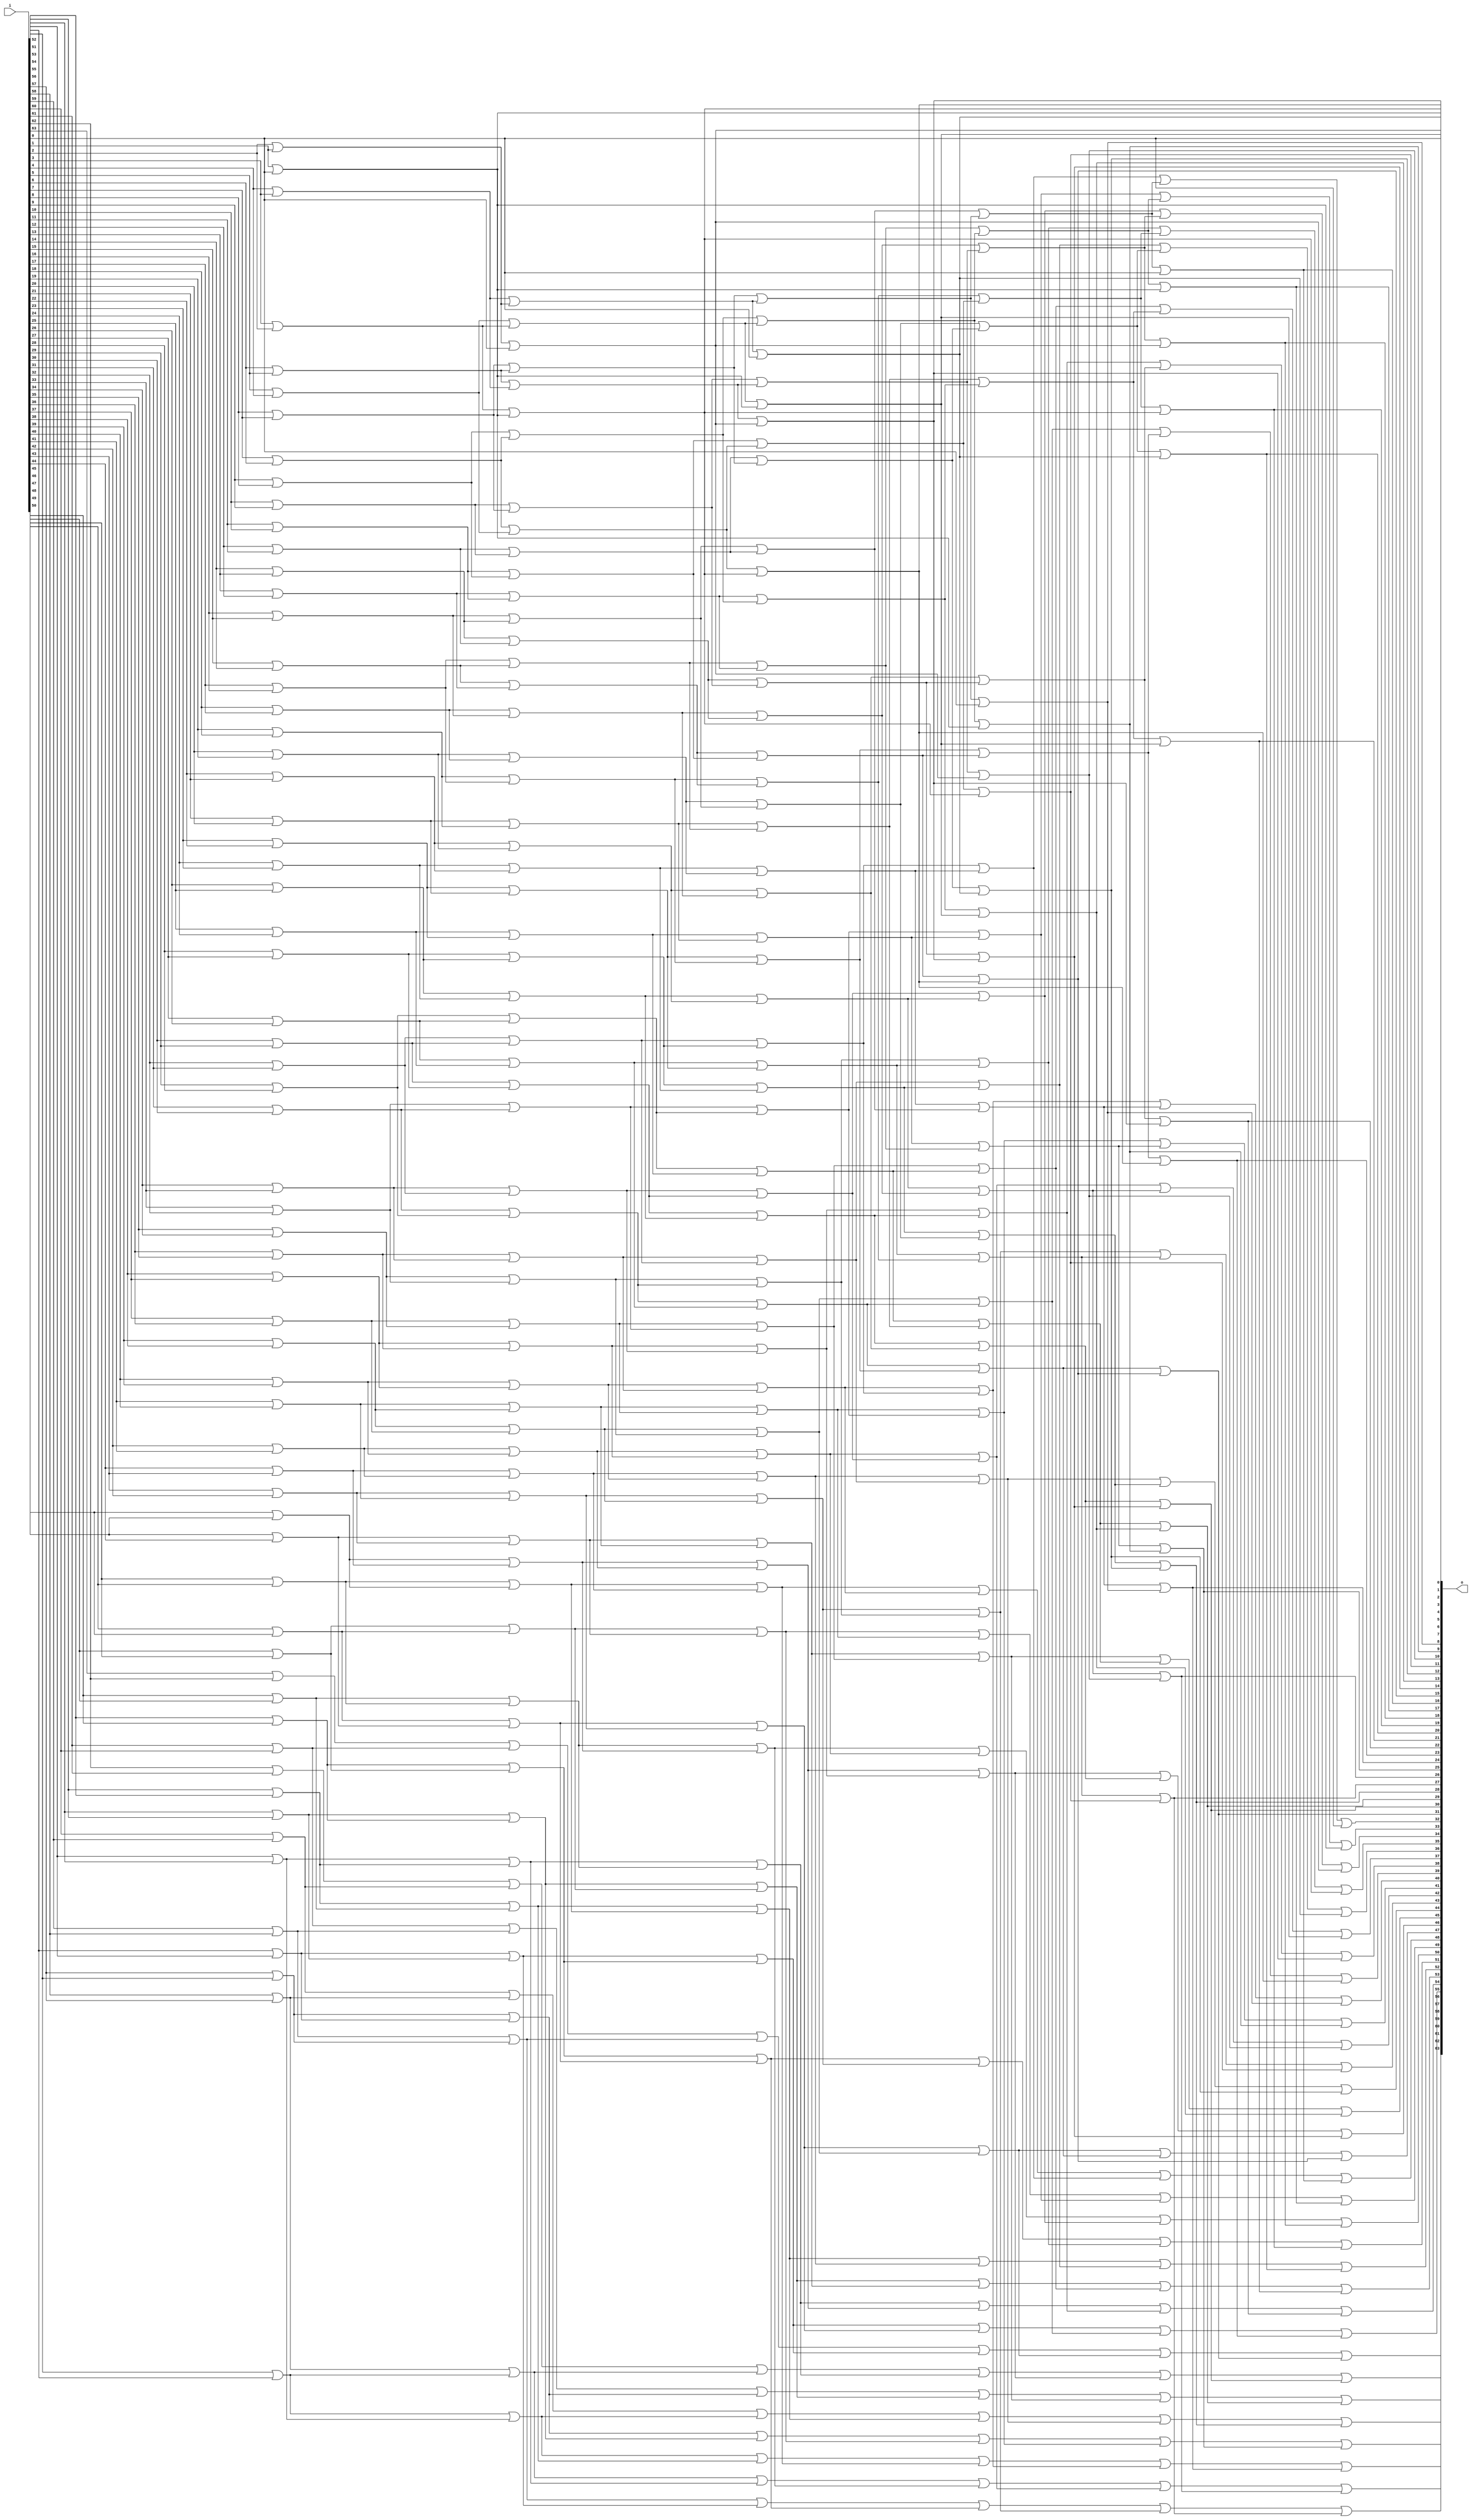


module bsg_scan_width_p64_or_p1_lo_to_hi_p1
(
  i,
  o
);

  input [63:0] i;
  output [63:0] o;
  wire [63:0] o;
  wire t_5__63_,t_5__62_,t_5__61_,t_5__60_,t_5__59_,t_5__58_,t_5__57_,t_5__56_,
  t_5__55_,t_5__54_,t_5__53_,t_5__52_,t_5__51_,t_5__50_,t_5__49_,t_5__48_,t_5__47_,
  t_5__46_,t_5__45_,t_5__44_,t_5__43_,t_5__42_,t_5__41_,t_5__40_,t_5__39_,t_5__38_,
  t_5__37_,t_5__36_,t_5__35_,t_5__34_,t_5__33_,t_5__32_,t_5__31_,t_5__30_,t_5__29_,
  t_5__28_,t_5__27_,t_5__26_,t_5__25_,t_5__24_,t_5__23_,t_5__22_,t_5__21_,t_5__20_,
  t_5__19_,t_5__18_,t_5__17_,t_5__16_,t_5__15_,t_5__14_,t_5__13_,t_5__12_,t_5__11_,
  t_5__10_,t_5__9_,t_5__8_,t_5__7_,t_5__6_,t_5__5_,t_5__4_,t_5__3_,t_5__2_,t_5__1_,
  t_5__0_,t_4__63_,t_4__62_,t_4__61_,t_4__60_,t_4__59_,t_4__58_,t_4__57_,t_4__56_,
  t_4__55_,t_4__54_,t_4__53_,t_4__52_,t_4__51_,t_4__50_,t_4__49_,t_4__48_,t_4__47_,
  t_4__46_,t_4__45_,t_4__44_,t_4__43_,t_4__42_,t_4__41_,t_4__40_,t_4__39_,t_4__38_,
  t_4__37_,t_4__36_,t_4__35_,t_4__34_,t_4__33_,t_4__32_,t_4__31_,t_4__30_,
  t_4__29_,t_4__28_,t_4__27_,t_4__26_,t_4__25_,t_4__24_,t_4__23_,t_4__22_,t_4__21_,
  t_4__20_,t_4__19_,t_4__18_,t_4__17_,t_4__16_,t_4__15_,t_4__14_,t_4__13_,t_4__12_,
  t_4__11_,t_4__10_,t_4__9_,t_4__8_,t_4__7_,t_4__6_,t_4__5_,t_4__4_,t_4__3_,t_4__2_,
  t_4__1_,t_4__0_,t_3__63_,t_3__62_,t_3__61_,t_3__60_,t_3__59_,t_3__58_,t_3__57_,
  t_3__56_,t_3__55_,t_3__54_,t_3__53_,t_3__52_,t_3__51_,t_3__50_,t_3__49_,t_3__48_,
  t_3__47_,t_3__46_,t_3__45_,t_3__44_,t_3__43_,t_3__42_,t_3__41_,t_3__40_,t_3__39_,
  t_3__38_,t_3__37_,t_3__36_,t_3__35_,t_3__34_,t_3__33_,t_3__32_,t_3__31_,t_3__30_,
  t_3__29_,t_3__28_,t_3__27_,t_3__26_,t_3__25_,t_3__24_,t_3__23_,t_3__22_,t_3__21_,
  t_3__20_,t_3__19_,t_3__18_,t_3__17_,t_3__16_,t_3__15_,t_3__14_,t_3__13_,t_3__12_,
  t_3__11_,t_3__10_,t_3__9_,t_3__8_,t_3__7_,t_3__6_,t_3__5_,t_3__4_,t_3__3_,
  t_3__2_,t_3__1_,t_3__0_,t_2__63_,t_2__62_,t_2__61_,t_2__60_,t_2__59_,t_2__58_,
  t_2__57_,t_2__56_,t_2__55_,t_2__54_,t_2__53_,t_2__52_,t_2__51_,t_2__50_,t_2__49_,
  t_2__48_,t_2__47_,t_2__46_,t_2__45_,t_2__44_,t_2__43_,t_2__42_,t_2__41_,t_2__40_,
  t_2__39_,t_2__38_,t_2__37_,t_2__36_,t_2__35_,t_2__34_,t_2__33_,t_2__32_,t_2__31_,
  t_2__30_,t_2__29_,t_2__28_,t_2__27_,t_2__26_,t_2__25_,t_2__24_,t_2__23_,t_2__22_,
  t_2__21_,t_2__20_,t_2__19_,t_2__18_,t_2__17_,t_2__16_,t_2__15_,t_2__14_,t_2__13_,
  t_2__12_,t_2__11_,t_2__10_,t_2__9_,t_2__8_,t_2__7_,t_2__6_,t_2__5_,t_2__4_,t_2__3_,
  t_2__2_,t_2__1_,t_2__0_,t_1__63_,t_1__62_,t_1__61_,t_1__60_,t_1__59_,t_1__58_,
  t_1__57_,t_1__56_,t_1__55_,t_1__54_,t_1__53_,t_1__52_,t_1__51_,t_1__50_,t_1__49_,
  t_1__48_,t_1__47_,t_1__46_,t_1__45_,t_1__44_,t_1__43_,t_1__42_,t_1__41_,t_1__40_,
  t_1__39_,t_1__38_,t_1__37_,t_1__36_,t_1__35_,t_1__34_,t_1__33_,t_1__32_,
  t_1__31_,t_1__30_,t_1__29_,t_1__28_,t_1__27_,t_1__26_,t_1__25_,t_1__24_,t_1__23_,
  t_1__22_,t_1__21_,t_1__20_,t_1__19_,t_1__18_,t_1__17_,t_1__16_,t_1__15_,t_1__14_,
  t_1__13_,t_1__12_,t_1__11_,t_1__10_,t_1__9_,t_1__8_,t_1__7_,t_1__6_,t_1__5_,t_1__4_,
  t_1__3_,t_1__2_,t_1__1_,t_1__0_;
  assign t_1__63_ = i[0] | 1'b0;
  assign t_1__62_ = i[1] | i[0];
  assign t_1__61_ = i[2] | i[1];
  assign t_1__60_ = i[3] | i[2];
  assign t_1__59_ = i[4] | i[3];
  assign t_1__58_ = i[5] | i[4];
  assign t_1__57_ = i[6] | i[5];
  assign t_1__56_ = i[7] | i[6];
  assign t_1__55_ = i[8] | i[7];
  assign t_1__54_ = i[9] | i[8];
  assign t_1__53_ = i[10] | i[9];
  assign t_1__52_ = i[11] | i[10];
  assign t_1__51_ = i[12] | i[11];
  assign t_1__50_ = i[13] | i[12];
  assign t_1__49_ = i[14] | i[13];
  assign t_1__48_ = i[15] | i[14];
  assign t_1__47_ = i[16] | i[15];
  assign t_1__46_ = i[17] | i[16];
  assign t_1__45_ = i[18] | i[17];
  assign t_1__44_ = i[19] | i[18];
  assign t_1__43_ = i[20] | i[19];
  assign t_1__42_ = i[21] | i[20];
  assign t_1__41_ = i[22] | i[21];
  assign t_1__40_ = i[23] | i[22];
  assign t_1__39_ = i[24] | i[23];
  assign t_1__38_ = i[25] | i[24];
  assign t_1__37_ = i[26] | i[25];
  assign t_1__36_ = i[27] | i[26];
  assign t_1__35_ = i[28] | i[27];
  assign t_1__34_ = i[29] | i[28];
  assign t_1__33_ = i[30] | i[29];
  assign t_1__32_ = i[31] | i[30];
  assign t_1__31_ = i[32] | i[31];
  assign t_1__30_ = i[33] | i[32];
  assign t_1__29_ = i[34] | i[33];
  assign t_1__28_ = i[35] | i[34];
  assign t_1__27_ = i[36] | i[35];
  assign t_1__26_ = i[37] | i[36];
  assign t_1__25_ = i[38] | i[37];
  assign t_1__24_ = i[39] | i[38];
  assign t_1__23_ = i[40] | i[39];
  assign t_1__22_ = i[41] | i[40];
  assign t_1__21_ = i[42] | i[41];
  assign t_1__20_ = i[43] | i[42];
  assign t_1__19_ = i[44] | i[43];
  assign t_1__18_ = i[45] | i[44];
  assign t_1__17_ = i[46] | i[45];
  assign t_1__16_ = i[47] | i[46];
  assign t_1__15_ = i[48] | i[47];
  assign t_1__14_ = i[49] | i[48];
  assign t_1__13_ = i[50] | i[49];
  assign t_1__12_ = i[51] | i[50];
  assign t_1__11_ = i[52] | i[51];
  assign t_1__10_ = i[53] | i[52];
  assign t_1__9_ = i[54] | i[53];
  assign t_1__8_ = i[55] | i[54];
  assign t_1__7_ = i[56] | i[55];
  assign t_1__6_ = i[57] | i[56];
  assign t_1__5_ = i[58] | i[57];
  assign t_1__4_ = i[59] | i[58];
  assign t_1__3_ = i[60] | i[59];
  assign t_1__2_ = i[61] | i[60];
  assign t_1__1_ = i[62] | i[61];
  assign t_1__0_ = i[63] | i[62];
  assign t_2__63_ = t_1__63_ | 1'b0;
  assign t_2__62_ = t_1__62_ | 1'b0;
  assign t_2__61_ = t_1__61_ | t_1__63_;
  assign t_2__60_ = t_1__60_ | t_1__62_;
  assign t_2__59_ = t_1__59_ | t_1__61_;
  assign t_2__58_ = t_1__58_ | t_1__60_;
  assign t_2__57_ = t_1__57_ | t_1__59_;
  assign t_2__56_ = t_1__56_ | t_1__58_;
  assign t_2__55_ = t_1__55_ | t_1__57_;
  assign t_2__54_ = t_1__54_ | t_1__56_;
  assign t_2__53_ = t_1__53_ | t_1__55_;
  assign t_2__52_ = t_1__52_ | t_1__54_;
  assign t_2__51_ = t_1__51_ | t_1__53_;
  assign t_2__50_ = t_1__50_ | t_1__52_;
  assign t_2__49_ = t_1__49_ | t_1__51_;
  assign t_2__48_ = t_1__48_ | t_1__50_;
  assign t_2__47_ = t_1__47_ | t_1__49_;
  assign t_2__46_ = t_1__46_ | t_1__48_;
  assign t_2__45_ = t_1__45_ | t_1__47_;
  assign t_2__44_ = t_1__44_ | t_1__46_;
  assign t_2__43_ = t_1__43_ | t_1__45_;
  assign t_2__42_ = t_1__42_ | t_1__44_;
  assign t_2__41_ = t_1__41_ | t_1__43_;
  assign t_2__40_ = t_1__40_ | t_1__42_;
  assign t_2__39_ = t_1__39_ | t_1__41_;
  assign t_2__38_ = t_1__38_ | t_1__40_;
  assign t_2__37_ = t_1__37_ | t_1__39_;
  assign t_2__36_ = t_1__36_ | t_1__38_;
  assign t_2__35_ = t_1__35_ | t_1__37_;
  assign t_2__34_ = t_1__34_ | t_1__36_;
  assign t_2__33_ = t_1__33_ | t_1__35_;
  assign t_2__32_ = t_1__32_ | t_1__34_;
  assign t_2__31_ = t_1__31_ | t_1__33_;
  assign t_2__30_ = t_1__30_ | t_1__32_;
  assign t_2__29_ = t_1__29_ | t_1__31_;
  assign t_2__28_ = t_1__28_ | t_1__30_;
  assign t_2__27_ = t_1__27_ | t_1__29_;
  assign t_2__26_ = t_1__26_ | t_1__28_;
  assign t_2__25_ = t_1__25_ | t_1__27_;
  assign t_2__24_ = t_1__24_ | t_1__26_;
  assign t_2__23_ = t_1__23_ | t_1__25_;
  assign t_2__22_ = t_1__22_ | t_1__24_;
  assign t_2__21_ = t_1__21_ | t_1__23_;
  assign t_2__20_ = t_1__20_ | t_1__22_;
  assign t_2__19_ = t_1__19_ | t_1__21_;
  assign t_2__18_ = t_1__18_ | t_1__20_;
  assign t_2__17_ = t_1__17_ | t_1__19_;
  assign t_2__16_ = t_1__16_ | t_1__18_;
  assign t_2__15_ = t_1__15_ | t_1__17_;
  assign t_2__14_ = t_1__14_ | t_1__16_;
  assign t_2__13_ = t_1__13_ | t_1__15_;
  assign t_2__12_ = t_1__12_ | t_1__14_;
  assign t_2__11_ = t_1__11_ | t_1__13_;
  assign t_2__10_ = t_1__10_ | t_1__12_;
  assign t_2__9_ = t_1__9_ | t_1__11_;
  assign t_2__8_ = t_1__8_ | t_1__10_;
  assign t_2__7_ = t_1__7_ | t_1__9_;
  assign t_2__6_ = t_1__6_ | t_1__8_;
  assign t_2__5_ = t_1__5_ | t_1__7_;
  assign t_2__4_ = t_1__4_ | t_1__6_;
  assign t_2__3_ = t_1__3_ | t_1__5_;
  assign t_2__2_ = t_1__2_ | t_1__4_;
  assign t_2__1_ = t_1__1_ | t_1__3_;
  assign t_2__0_ = t_1__0_ | t_1__2_;
  assign t_3__63_ = t_2__63_ | 1'b0;
  assign t_3__62_ = t_2__62_ | 1'b0;
  assign t_3__61_ = t_2__61_ | 1'b0;
  assign t_3__60_ = t_2__60_ | 1'b0;
  assign t_3__59_ = t_2__59_ | t_2__63_;
  assign t_3__58_ = t_2__58_ | t_2__62_;
  assign t_3__57_ = t_2__57_ | t_2__61_;
  assign t_3__56_ = t_2__56_ | t_2__60_;
  assign t_3__55_ = t_2__55_ | t_2__59_;
  assign t_3__54_ = t_2__54_ | t_2__58_;
  assign t_3__53_ = t_2__53_ | t_2__57_;
  assign t_3__52_ = t_2__52_ | t_2__56_;
  assign t_3__51_ = t_2__51_ | t_2__55_;
  assign t_3__50_ = t_2__50_ | t_2__54_;
  assign t_3__49_ = t_2__49_ | t_2__53_;
  assign t_3__48_ = t_2__48_ | t_2__52_;
  assign t_3__47_ = t_2__47_ | t_2__51_;
  assign t_3__46_ = t_2__46_ | t_2__50_;
  assign t_3__45_ = t_2__45_ | t_2__49_;
  assign t_3__44_ = t_2__44_ | t_2__48_;
  assign t_3__43_ = t_2__43_ | t_2__47_;
  assign t_3__42_ = t_2__42_ | t_2__46_;
  assign t_3__41_ = t_2__41_ | t_2__45_;
  assign t_3__40_ = t_2__40_ | t_2__44_;
  assign t_3__39_ = t_2__39_ | t_2__43_;
  assign t_3__38_ = t_2__38_ | t_2__42_;
  assign t_3__37_ = t_2__37_ | t_2__41_;
  assign t_3__36_ = t_2__36_ | t_2__40_;
  assign t_3__35_ = t_2__35_ | t_2__39_;
  assign t_3__34_ = t_2__34_ | t_2__38_;
  assign t_3__33_ = t_2__33_ | t_2__37_;
  assign t_3__32_ = t_2__32_ | t_2__36_;
  assign t_3__31_ = t_2__31_ | t_2__35_;
  assign t_3__30_ = t_2__30_ | t_2__34_;
  assign t_3__29_ = t_2__29_ | t_2__33_;
  assign t_3__28_ = t_2__28_ | t_2__32_;
  assign t_3__27_ = t_2__27_ | t_2__31_;
  assign t_3__26_ = t_2__26_ | t_2__30_;
  assign t_3__25_ = t_2__25_ | t_2__29_;
  assign t_3__24_ = t_2__24_ | t_2__28_;
  assign t_3__23_ = t_2__23_ | t_2__27_;
  assign t_3__22_ = t_2__22_ | t_2__26_;
  assign t_3__21_ = t_2__21_ | t_2__25_;
  assign t_3__20_ = t_2__20_ | t_2__24_;
  assign t_3__19_ = t_2__19_ | t_2__23_;
  assign t_3__18_ = t_2__18_ | t_2__22_;
  assign t_3__17_ = t_2__17_ | t_2__21_;
  assign t_3__16_ = t_2__16_ | t_2__20_;
  assign t_3__15_ = t_2__15_ | t_2__19_;
  assign t_3__14_ = t_2__14_ | t_2__18_;
  assign t_3__13_ = t_2__13_ | t_2__17_;
  assign t_3__12_ = t_2__12_ | t_2__16_;
  assign t_3__11_ = t_2__11_ | t_2__15_;
  assign t_3__10_ = t_2__10_ | t_2__14_;
  assign t_3__9_ = t_2__9_ | t_2__13_;
  assign t_3__8_ = t_2__8_ | t_2__12_;
  assign t_3__7_ = t_2__7_ | t_2__11_;
  assign t_3__6_ = t_2__6_ | t_2__10_;
  assign t_3__5_ = t_2__5_ | t_2__9_;
  assign t_3__4_ = t_2__4_ | t_2__8_;
  assign t_3__3_ = t_2__3_ | t_2__7_;
  assign t_3__2_ = t_2__2_ | t_2__6_;
  assign t_3__1_ = t_2__1_ | t_2__5_;
  assign t_3__0_ = t_2__0_ | t_2__4_;
  assign t_4__63_ = t_3__63_ | 1'b0;
  assign t_4__62_ = t_3__62_ | 1'b0;
  assign t_4__61_ = t_3__61_ | 1'b0;
  assign t_4__60_ = t_3__60_ | 1'b0;
  assign t_4__59_ = t_3__59_ | 1'b0;
  assign t_4__58_ = t_3__58_ | 1'b0;
  assign t_4__57_ = t_3__57_ | 1'b0;
  assign t_4__56_ = t_3__56_ | 1'b0;
  assign t_4__55_ = t_3__55_ | t_3__63_;
  assign t_4__54_ = t_3__54_ | t_3__62_;
  assign t_4__53_ = t_3__53_ | t_3__61_;
  assign t_4__52_ = t_3__52_ | t_3__60_;
  assign t_4__51_ = t_3__51_ | t_3__59_;
  assign t_4__50_ = t_3__50_ | t_3__58_;
  assign t_4__49_ = t_3__49_ | t_3__57_;
  assign t_4__48_ = t_3__48_ | t_3__56_;
  assign t_4__47_ = t_3__47_ | t_3__55_;
  assign t_4__46_ = t_3__46_ | t_3__54_;
  assign t_4__45_ = t_3__45_ | t_3__53_;
  assign t_4__44_ = t_3__44_ | t_3__52_;
  assign t_4__43_ = t_3__43_ | t_3__51_;
  assign t_4__42_ = t_3__42_ | t_3__50_;
  assign t_4__41_ = t_3__41_ | t_3__49_;
  assign t_4__40_ = t_3__40_ | t_3__48_;
  assign t_4__39_ = t_3__39_ | t_3__47_;
  assign t_4__38_ = t_3__38_ | t_3__46_;
  assign t_4__37_ = t_3__37_ | t_3__45_;
  assign t_4__36_ = t_3__36_ | t_3__44_;
  assign t_4__35_ = t_3__35_ | t_3__43_;
  assign t_4__34_ = t_3__34_ | t_3__42_;
  assign t_4__33_ = t_3__33_ | t_3__41_;
  assign t_4__32_ = t_3__32_ | t_3__40_;
  assign t_4__31_ = t_3__31_ | t_3__39_;
  assign t_4__30_ = t_3__30_ | t_3__38_;
  assign t_4__29_ = t_3__29_ | t_3__37_;
  assign t_4__28_ = t_3__28_ | t_3__36_;
  assign t_4__27_ = t_3__27_ | t_3__35_;
  assign t_4__26_ = t_3__26_ | t_3__34_;
  assign t_4__25_ = t_3__25_ | t_3__33_;
  assign t_4__24_ = t_3__24_ | t_3__32_;
  assign t_4__23_ = t_3__23_ | t_3__31_;
  assign t_4__22_ = t_3__22_ | t_3__30_;
  assign t_4__21_ = t_3__21_ | t_3__29_;
  assign t_4__20_ = t_3__20_ | t_3__28_;
  assign t_4__19_ = t_3__19_ | t_3__27_;
  assign t_4__18_ = t_3__18_ | t_3__26_;
  assign t_4__17_ = t_3__17_ | t_3__25_;
  assign t_4__16_ = t_3__16_ | t_3__24_;
  assign t_4__15_ = t_3__15_ | t_3__23_;
  assign t_4__14_ = t_3__14_ | t_3__22_;
  assign t_4__13_ = t_3__13_ | t_3__21_;
  assign t_4__12_ = t_3__12_ | t_3__20_;
  assign t_4__11_ = t_3__11_ | t_3__19_;
  assign t_4__10_ = t_3__10_ | t_3__18_;
  assign t_4__9_ = t_3__9_ | t_3__17_;
  assign t_4__8_ = t_3__8_ | t_3__16_;
  assign t_4__7_ = t_3__7_ | t_3__15_;
  assign t_4__6_ = t_3__6_ | t_3__14_;
  assign t_4__5_ = t_3__5_ | t_3__13_;
  assign t_4__4_ = t_3__4_ | t_3__12_;
  assign t_4__3_ = t_3__3_ | t_3__11_;
  assign t_4__2_ = t_3__2_ | t_3__10_;
  assign t_4__1_ = t_3__1_ | t_3__9_;
  assign t_4__0_ = t_3__0_ | t_3__8_;
  assign t_5__63_ = t_4__63_ | 1'b0;
  assign t_5__62_ = t_4__62_ | 1'b0;
  assign t_5__61_ = t_4__61_ | 1'b0;
  assign t_5__60_ = t_4__60_ | 1'b0;
  assign t_5__59_ = t_4__59_ | 1'b0;
  assign t_5__58_ = t_4__58_ | 1'b0;
  assign t_5__57_ = t_4__57_ | 1'b0;
  assign t_5__56_ = t_4__56_ | 1'b0;
  assign t_5__55_ = t_4__55_ | 1'b0;
  assign t_5__54_ = t_4__54_ | 1'b0;
  assign t_5__53_ = t_4__53_ | 1'b0;
  assign t_5__52_ = t_4__52_ | 1'b0;
  assign t_5__51_ = t_4__51_ | 1'b0;
  assign t_5__50_ = t_4__50_ | 1'b0;
  assign t_5__49_ = t_4__49_ | 1'b0;
  assign t_5__48_ = t_4__48_ | 1'b0;
  assign t_5__47_ = t_4__47_ | t_4__63_;
  assign t_5__46_ = t_4__46_ | t_4__62_;
  assign t_5__45_ = t_4__45_ | t_4__61_;
  assign t_5__44_ = t_4__44_ | t_4__60_;
  assign t_5__43_ = t_4__43_ | t_4__59_;
  assign t_5__42_ = t_4__42_ | t_4__58_;
  assign t_5__41_ = t_4__41_ | t_4__57_;
  assign t_5__40_ = t_4__40_ | t_4__56_;
  assign t_5__39_ = t_4__39_ | t_4__55_;
  assign t_5__38_ = t_4__38_ | t_4__54_;
  assign t_5__37_ = t_4__37_ | t_4__53_;
  assign t_5__36_ = t_4__36_ | t_4__52_;
  assign t_5__35_ = t_4__35_ | t_4__51_;
  assign t_5__34_ = t_4__34_ | t_4__50_;
  assign t_5__33_ = t_4__33_ | t_4__49_;
  assign t_5__32_ = t_4__32_ | t_4__48_;
  assign t_5__31_ = t_4__31_ | t_4__47_;
  assign t_5__30_ = t_4__30_ | t_4__46_;
  assign t_5__29_ = t_4__29_ | t_4__45_;
  assign t_5__28_ = t_4__28_ | t_4__44_;
  assign t_5__27_ = t_4__27_ | t_4__43_;
  assign t_5__26_ = t_4__26_ | t_4__42_;
  assign t_5__25_ = t_4__25_ | t_4__41_;
  assign t_5__24_ = t_4__24_ | t_4__40_;
  assign t_5__23_ = t_4__23_ | t_4__39_;
  assign t_5__22_ = t_4__22_ | t_4__38_;
  assign t_5__21_ = t_4__21_ | t_4__37_;
  assign t_5__20_ = t_4__20_ | t_4__36_;
  assign t_5__19_ = t_4__19_ | t_4__35_;
  assign t_5__18_ = t_4__18_ | t_4__34_;
  assign t_5__17_ = t_4__17_ | t_4__33_;
  assign t_5__16_ = t_4__16_ | t_4__32_;
  assign t_5__15_ = t_4__15_ | t_4__31_;
  assign t_5__14_ = t_4__14_ | t_4__30_;
  assign t_5__13_ = t_4__13_ | t_4__29_;
  assign t_5__12_ = t_4__12_ | t_4__28_;
  assign t_5__11_ = t_4__11_ | t_4__27_;
  assign t_5__10_ = t_4__10_ | t_4__26_;
  assign t_5__9_ = t_4__9_ | t_4__25_;
  assign t_5__8_ = t_4__8_ | t_4__24_;
  assign t_5__7_ = t_4__7_ | t_4__23_;
  assign t_5__6_ = t_4__6_ | t_4__22_;
  assign t_5__5_ = t_4__5_ | t_4__21_;
  assign t_5__4_ = t_4__4_ | t_4__20_;
  assign t_5__3_ = t_4__3_ | t_4__19_;
  assign t_5__2_ = t_4__2_ | t_4__18_;
  assign t_5__1_ = t_4__1_ | t_4__17_;
  assign t_5__0_ = t_4__0_ | t_4__16_;
  assign o[0] = t_5__63_ | 1'b0;
  assign o[1] = t_5__62_ | 1'b0;
  assign o[2] = t_5__61_ | 1'b0;
  assign o[3] = t_5__60_ | 1'b0;
  assign o[4] = t_5__59_ | 1'b0;
  assign o[5] = t_5__58_ | 1'b0;
  assign o[6] = t_5__57_ | 1'b0;
  assign o[7] = t_5__56_ | 1'b0;
  assign o[8] = t_5__55_ | 1'b0;
  assign o[9] = t_5__54_ | 1'b0;
  assign o[10] = t_5__53_ | 1'b0;
  assign o[11] = t_5__52_ | 1'b0;
  assign o[12] = t_5__51_ | 1'b0;
  assign o[13] = t_5__50_ | 1'b0;
  assign o[14] = t_5__49_ | 1'b0;
  assign o[15] = t_5__48_ | 1'b0;
  assign o[16] = t_5__47_ | 1'b0;
  assign o[17] = t_5__46_ | 1'b0;
  assign o[18] = t_5__45_ | 1'b0;
  assign o[19] = t_5__44_ | 1'b0;
  assign o[20] = t_5__43_ | 1'b0;
  assign o[21] = t_5__42_ | 1'b0;
  assign o[22] = t_5__41_ | 1'b0;
  assign o[23] = t_5__40_ | 1'b0;
  assign o[24] = t_5__39_ | 1'b0;
  assign o[25] = t_5__38_ | 1'b0;
  assign o[26] = t_5__37_ | 1'b0;
  assign o[27] = t_5__36_ | 1'b0;
  assign o[28] = t_5__35_ | 1'b0;
  assign o[29] = t_5__34_ | 1'b0;
  assign o[30] = t_5__33_ | 1'b0;
  assign o[31] = t_5__32_ | 1'b0;
  assign o[32] = t_5__31_ | t_5__63_;
  assign o[33] = t_5__30_ | t_5__62_;
  assign o[34] = t_5__29_ | t_5__61_;
  assign o[35] = t_5__28_ | t_5__60_;
  assign o[36] = t_5__27_ | t_5__59_;
  assign o[37] = t_5__26_ | t_5__58_;
  assign o[38] = t_5__25_ | t_5__57_;
  assign o[39] = t_5__24_ | t_5__56_;
  assign o[40] = t_5__23_ | t_5__55_;
  assign o[41] = t_5__22_ | t_5__54_;
  assign o[42] = t_5__21_ | t_5__53_;
  assign o[43] = t_5__20_ | t_5__52_;
  assign o[44] = t_5__19_ | t_5__51_;
  assign o[45] = t_5__18_ | t_5__50_;
  assign o[46] = t_5__17_ | t_5__49_;
  assign o[47] = t_5__16_ | t_5__48_;
  assign o[48] = t_5__15_ | t_5__47_;
  assign o[49] = t_5__14_ | t_5__46_;
  assign o[50] = t_5__13_ | t_5__45_;
  assign o[51] = t_5__12_ | t_5__44_;
  assign o[52] = t_5__11_ | t_5__43_;
  assign o[53] = t_5__10_ | t_5__42_;
  assign o[54] = t_5__9_ | t_5__41_;
  assign o[55] = t_5__8_ | t_5__40_;
  assign o[56] = t_5__7_ | t_5__39_;
  assign o[57] = t_5__6_ | t_5__38_;
  assign o[58] = t_5__5_ | t_5__37_;
  assign o[59] = t_5__4_ | t_5__36_;
  assign o[60] = t_5__3_ | t_5__35_;
  assign o[61] = t_5__2_ | t_5__34_;
  assign o[62] = t_5__1_ | t_5__33_;
  assign o[63] = t_5__0_ | t_5__32_;

endmodule



module bsg_priority_encode_one_hot_out_width_p64_lo_to_hi_p1
(
  i,
  o
);

  input [63:0] i;
  output [63:0] o;
  wire [63:0] o;
  wire N0,N1,N2,N3,N4,N5,N6,N7,N8,N9,N10,N11,N12,N13,N14,N15,N16,N17,N18,N19,N20,N21,
  N22,N23,N24,N25,N26,N27,N28,N29,N30,N31,N32,N33,N34,N35,N36,N37,N38,N39,N40,N41,
  N42,N43,N44,N45,N46,N47,N48,N49,N50,N51,N52,N53,N54,N55,N56,N57,N58,N59,N60,N61,
  N62;
  wire [63:1] scan_lo;

  bsg_scan_width_p64_or_p1_lo_to_hi_p1
  genblk1_scan
  (
    .i(i),
    .o({ scan_lo, o[0:0] })
  );

  assign o[63] = scan_lo[63] & N0;
  assign N0 = ~scan_lo[62];
  assign o[62] = scan_lo[62] & N1;
  assign N1 = ~scan_lo[61];
  assign o[61] = scan_lo[61] & N2;
  assign N2 = ~scan_lo[60];
  assign o[60] = scan_lo[60] & N3;
  assign N3 = ~scan_lo[59];
  assign o[59] = scan_lo[59] & N4;
  assign N4 = ~scan_lo[58];
  assign o[58] = scan_lo[58] & N5;
  assign N5 = ~scan_lo[57];
  assign o[57] = scan_lo[57] & N6;
  assign N6 = ~scan_lo[56];
  assign o[56] = scan_lo[56] & N7;
  assign N7 = ~scan_lo[55];
  assign o[55] = scan_lo[55] & N8;
  assign N8 = ~scan_lo[54];
  assign o[54] = scan_lo[54] & N9;
  assign N9 = ~scan_lo[53];
  assign o[53] = scan_lo[53] & N10;
  assign N10 = ~scan_lo[52];
  assign o[52] = scan_lo[52] & N11;
  assign N11 = ~scan_lo[51];
  assign o[51] = scan_lo[51] & N12;
  assign N12 = ~scan_lo[50];
  assign o[50] = scan_lo[50] & N13;
  assign N13 = ~scan_lo[49];
  assign o[49] = scan_lo[49] & N14;
  assign N14 = ~scan_lo[48];
  assign o[48] = scan_lo[48] & N15;
  assign N15 = ~scan_lo[47];
  assign o[47] = scan_lo[47] & N16;
  assign N16 = ~scan_lo[46];
  assign o[46] = scan_lo[46] & N17;
  assign N17 = ~scan_lo[45];
  assign o[45] = scan_lo[45] & N18;
  assign N18 = ~scan_lo[44];
  assign o[44] = scan_lo[44] & N19;
  assign N19 = ~scan_lo[43];
  assign o[43] = scan_lo[43] & N20;
  assign N20 = ~scan_lo[42];
  assign o[42] = scan_lo[42] & N21;
  assign N21 = ~scan_lo[41];
  assign o[41] = scan_lo[41] & N22;
  assign N22 = ~scan_lo[40];
  assign o[40] = scan_lo[40] & N23;
  assign N23 = ~scan_lo[39];
  assign o[39] = scan_lo[39] & N24;
  assign N24 = ~scan_lo[38];
  assign o[38] = scan_lo[38] & N25;
  assign N25 = ~scan_lo[37];
  assign o[37] = scan_lo[37] & N26;
  assign N26 = ~scan_lo[36];
  assign o[36] = scan_lo[36] & N27;
  assign N27 = ~scan_lo[35];
  assign o[35] = scan_lo[35] & N28;
  assign N28 = ~scan_lo[34];
  assign o[34] = scan_lo[34] & N29;
  assign N29 = ~scan_lo[33];
  assign o[33] = scan_lo[33] & N30;
  assign N30 = ~scan_lo[32];
  assign o[32] = scan_lo[32] & N31;
  assign N31 = ~scan_lo[31];
  assign o[31] = scan_lo[31] & N32;
  assign N32 = ~scan_lo[30];
  assign o[30] = scan_lo[30] & N33;
  assign N33 = ~scan_lo[29];
  assign o[29] = scan_lo[29] & N34;
  assign N34 = ~scan_lo[28];
  assign o[28] = scan_lo[28] & N35;
  assign N35 = ~scan_lo[27];
  assign o[27] = scan_lo[27] & N36;
  assign N36 = ~scan_lo[26];
  assign o[26] = scan_lo[26] & N37;
  assign N37 = ~scan_lo[25];
  assign o[25] = scan_lo[25] & N38;
  assign N38 = ~scan_lo[24];
  assign o[24] = scan_lo[24] & N39;
  assign N39 = ~scan_lo[23];
  assign o[23] = scan_lo[23] & N40;
  assign N40 = ~scan_lo[22];
  assign o[22] = scan_lo[22] & N41;
  assign N41 = ~scan_lo[21];
  assign o[21] = scan_lo[21] & N42;
  assign N42 = ~scan_lo[20];
  assign o[20] = scan_lo[20] & N43;
  assign N43 = ~scan_lo[19];
  assign o[19] = scan_lo[19] & N44;
  assign N44 = ~scan_lo[18];
  assign o[18] = scan_lo[18] & N45;
  assign N45 = ~scan_lo[17];
  assign o[17] = scan_lo[17] & N46;
  assign N46 = ~scan_lo[16];
  assign o[16] = scan_lo[16] & N47;
  assign N47 = ~scan_lo[15];
  assign o[15] = scan_lo[15] & N48;
  assign N48 = ~scan_lo[14];
  assign o[14] = scan_lo[14] & N49;
  assign N49 = ~scan_lo[13];
  assign o[13] = scan_lo[13] & N50;
  assign N50 = ~scan_lo[12];
  assign o[12] = scan_lo[12] & N51;
  assign N51 = ~scan_lo[11];
  assign o[11] = scan_lo[11] & N52;
  assign N52 = ~scan_lo[10];
  assign o[10] = scan_lo[10] & N53;
  assign N53 = ~scan_lo[9];
  assign o[9] = scan_lo[9] & N54;
  assign N54 = ~scan_lo[8];
  assign o[8] = scan_lo[8] & N55;
  assign N55 = ~scan_lo[7];
  assign o[7] = scan_lo[7] & N56;
  assign N56 = ~scan_lo[6];
  assign o[6] = scan_lo[6] & N57;
  assign N57 = ~scan_lo[5];
  assign o[5] = scan_lo[5] & N58;
  assign N58 = ~scan_lo[4];
  assign o[4] = scan_lo[4] & N59;
  assign N59 = ~scan_lo[3];
  assign o[3] = scan_lo[3] & N60;
  assign N60 = ~scan_lo[2];
  assign o[2] = scan_lo[2] & N61;
  assign N61 = ~scan_lo[1];
  assign o[1] = scan_lo[1] & N62;
  assign N62 = ~o[0];

endmodule



module bsg_encode_one_hot_width_p1
(
  i,
  addr_o,
  v_o
);

  input [0:0] i;
  output [0:0] addr_o;
  output v_o;
  wire [0:0] addr_o;
  wire v_o;
  assign v_o = i[0];
  assign addr_o[0] = 1'b0;

endmodule



module bsg_encode_one_hot_width_p2
(
  i,
  addr_o,
  v_o
);

  input [1:0] i;
  output [0:0] addr_o;
  output v_o;
  wire [0:0] addr_o,aligned_vs;
  wire v_o;
  wire [1:0] aligned_addrs;

  bsg_encode_one_hot_width_p1
  aligned_left
  (
    .i(i[0]),
    .addr_o(aligned_addrs[0]),
    .v_o(aligned_vs[0])
  );


  bsg_encode_one_hot_width_p1
  aligned_right
  (
    .i(i[1]),
    .addr_o(aligned_addrs[1]),
    .v_o(addr_o[0])
  );

  assign v_o = addr_o[0] | aligned_vs[0];

endmodule



module bsg_encode_one_hot_width_p4
(
  i,
  addr_o,
  v_o
);

  input [3:0] i;
  output [1:0] addr_o;
  output v_o;
  wire [1:0] addr_o,aligned_addrs;
  wire v_o;
  wire [0:0] aligned_vs;

  bsg_encode_one_hot_width_p2
  aligned_left
  (
    .i(i[1:0]),
    .addr_o(aligned_addrs[0]),
    .v_o(aligned_vs[0])
  );


  bsg_encode_one_hot_width_p2
  aligned_right
  (
    .i(i[3:2]),
    .addr_o(aligned_addrs[1]),
    .v_o(addr_o[1])
  );

  assign v_o = addr_o[1] | aligned_vs[0];
  assign addr_o[0] = aligned_addrs[0] | aligned_addrs[1];

endmodule



module bsg_encode_one_hot_width_p8
(
  i,
  addr_o,
  v_o
);

  input [7:0] i;
  output [2:0] addr_o;
  output v_o;
  wire [2:0] addr_o;
  wire v_o;
  wire [3:0] aligned_addrs;
  wire [0:0] aligned_vs;

  bsg_encode_one_hot_width_p4
  aligned_left
  (
    .i(i[3:0]),
    .addr_o(aligned_addrs[1:0]),
    .v_o(aligned_vs[0])
  );


  bsg_encode_one_hot_width_p4
  aligned_right
  (
    .i(i[7:4]),
    .addr_o(aligned_addrs[3:2]),
    .v_o(addr_o[2])
  );

  assign v_o = addr_o[2] | aligned_vs[0];
  assign addr_o[1] = aligned_addrs[1] | aligned_addrs[3];
  assign addr_o[0] = aligned_addrs[0] | aligned_addrs[2];

endmodule



module bsg_encode_one_hot_width_p16
(
  i,
  addr_o,
  v_o
);

  input [15:0] i;
  output [3:0] addr_o;
  output v_o;
  wire [3:0] addr_o;
  wire v_o;
  wire [5:0] aligned_addrs;
  wire [0:0] aligned_vs;

  bsg_encode_one_hot_width_p8
  aligned_left
  (
    .i(i[7:0]),
    .addr_o(aligned_addrs[2:0]),
    .v_o(aligned_vs[0])
  );


  bsg_encode_one_hot_width_p8
  aligned_right
  (
    .i(i[15:8]),
    .addr_o(aligned_addrs[5:3]),
    .v_o(addr_o[3])
  );

  assign v_o = addr_o[3] | aligned_vs[0];
  assign addr_o[2] = aligned_addrs[2] | aligned_addrs[5];
  assign addr_o[1] = aligned_addrs[1] | aligned_addrs[4];
  assign addr_o[0] = aligned_addrs[0] | aligned_addrs[3];

endmodule



module bsg_encode_one_hot_width_p32
(
  i,
  addr_o,
  v_o
);

  input [31:0] i;
  output [4:0] addr_o;
  output v_o;
  wire [4:0] addr_o;
  wire v_o;
  wire [7:0] aligned_addrs;
  wire [0:0] aligned_vs;

  bsg_encode_one_hot_width_p16
  aligned_left
  (
    .i(i[15:0]),
    .addr_o(aligned_addrs[3:0]),
    .v_o(aligned_vs[0])
  );


  bsg_encode_one_hot_width_p16
  aligned_right
  (
    .i(i[31:16]),
    .addr_o(aligned_addrs[7:4]),
    .v_o(addr_o[4])
  );

  assign v_o = addr_o[4] | aligned_vs[0];
  assign addr_o[3] = aligned_addrs[3] | aligned_addrs[7];
  assign addr_o[2] = aligned_addrs[2] | aligned_addrs[6];
  assign addr_o[1] = aligned_addrs[1] | aligned_addrs[5];
  assign addr_o[0] = aligned_addrs[0] | aligned_addrs[4];

endmodule



module bsg_encode_one_hot_width_p64_lo_to_hi_p1
(
  i,
  addr_o,
  v_o
);

  input [63:0] i;
  output [5:0] addr_o;
  output v_o;
  wire [5:0] addr_o;
  wire v_o;
  wire [9:0] aligned_addrs;
  wire [0:0] aligned_vs;

  bsg_encode_one_hot_width_p32
  aligned_left
  (
    .i(i[31:0]),
    .addr_o(aligned_addrs[4:0]),
    .v_o(aligned_vs[0])
  );


  bsg_encode_one_hot_width_p32
  aligned_right
  (
    .i(i[63:32]),
    .addr_o(aligned_addrs[9:5]),
    .v_o(addr_o[5])
  );

  assign v_o = addr_o[5] | aligned_vs[0];
  assign addr_o[4] = aligned_addrs[4] | aligned_addrs[9];
  assign addr_o[3] = aligned_addrs[3] | aligned_addrs[8];
  assign addr_o[2] = aligned_addrs[2] | aligned_addrs[7];
  assign addr_o[1] = aligned_addrs[1] | aligned_addrs[6];
  assign addr_o[0] = aligned_addrs[0] | aligned_addrs[5];

endmodule



module bsg_priority_encode_width_p64_lo_to_hi_p1
(
  i,
  addr_o,
  v_o
);

  input [63:0] i;
  output [5:0] addr_o;
  output v_o;
  wire [5:0] addr_o;
  wire v_o;
  wire [63:0] enc_lo;

  bsg_priority_encode_one_hot_out_width_p64_lo_to_hi_p1
  a
  (
    .i(i),
    .o(enc_lo)
  );


  bsg_encode_one_hot_width_p64_lo_to_hi_p1
  b
  (
    .i(enc_lo),
    .addr_o(addr_o),
    .v_o(v_o)
  );


endmodule